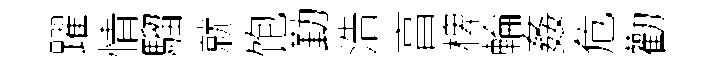
躍情騮就饱勤浩亯椑輪姦危勸